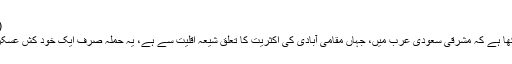
(07.01.2016)
اے ایف پی نے لکھا ہے کہ مشرقی سعودی عرب میں، جہاں مقامی آبادی کی اکثریت کا تعلق شیعہ اقلیت سے ہے، یہ حملہ صرف ایک خود کش عسکریت پسند نے کیا۔